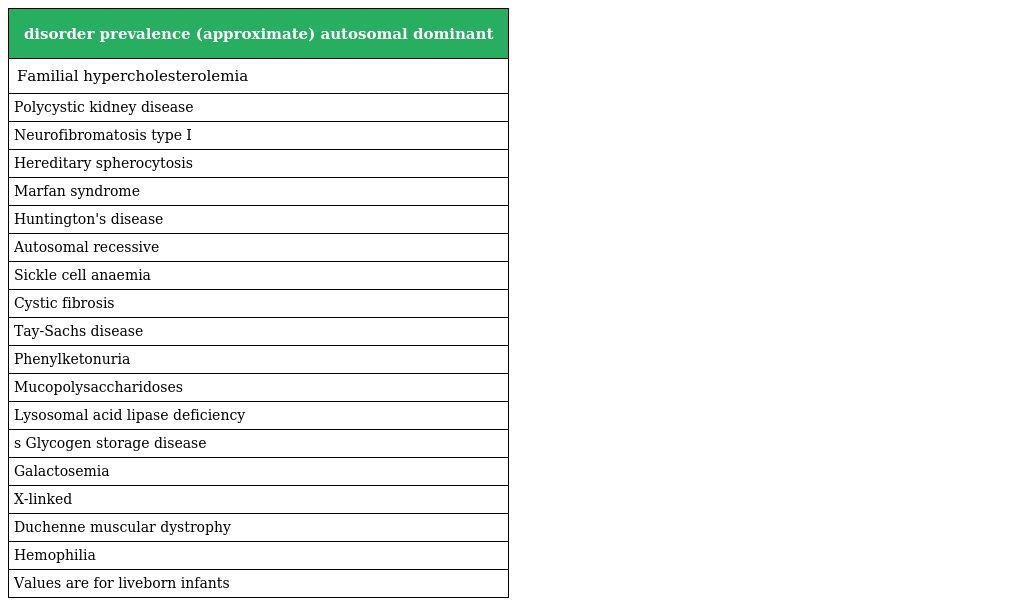
| disorder prevalence (approximate) autosomal dominant |
 | --- |
 | Familial hypercholesterolemia |
 | Polycystic kidney disease |
 | Neurofibromatosis type I |
 | Hereditary spherocytosis |
 | Marfan syndrome |
 | Huntington's disease |
 | Autosomal recessive |
 | Sickle cell anaemia |
 | Cystic fibrosis |
 | Tay-Sachs disease |
 | Phenylketonuria |
 | Mucopolysaccharidoses |
 | Lysosomal acid lipase deficiency |
 | s Glycogen storage disease |
 | Galactosemia |
 | X-linked |
 | Duchenne muscular dystrophy |
 | Hemophilia |
 | Values are for liveborn infants |